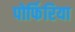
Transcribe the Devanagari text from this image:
पोर्फिरिया